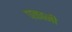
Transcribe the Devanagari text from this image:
पकानी